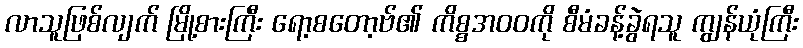
လာသူဖြစ်လျက် မြို့စားကြီး ရော့စတော့ဗ်၏ ကိစ္စအဝဝကို စီမံခန့်ခွဲရသူ ကျွန်ယုံကြီး